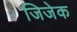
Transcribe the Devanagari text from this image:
जिजेक